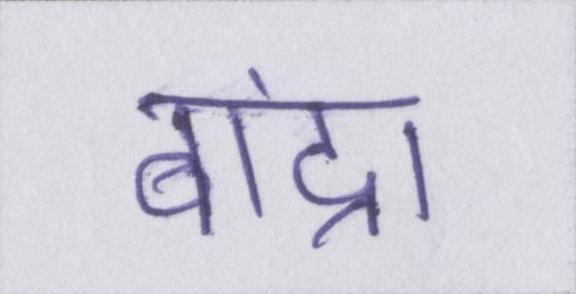
बांद्रा